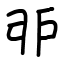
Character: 戼